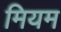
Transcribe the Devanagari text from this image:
मियम